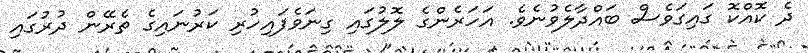
ދެ ކޮއްކޮ ގައިގަވެސް ބައްދާލެވުނެވެ. އަހަރެންގެ ލޮލުގައި ގިނަވެފައިހުރި ކަރުނައިގެ ތެރޭން ދުރުގައި